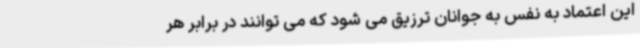
این اعتماد به نفس به جوانان ترزیق می شود که می توانند در برابر هر